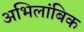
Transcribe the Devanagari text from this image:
अभिलांबिक